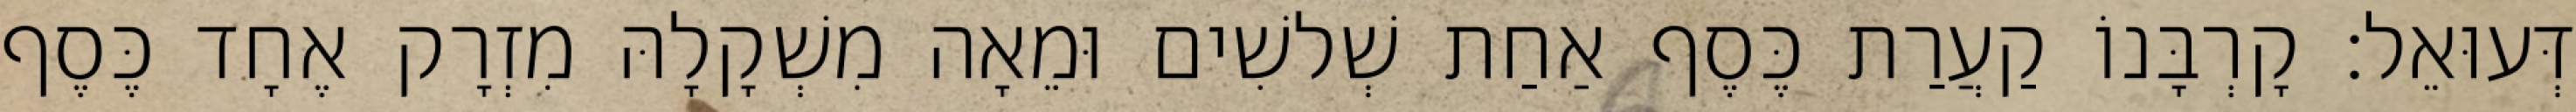
דְּעוּאֵל׃ קָרְבָּנוֹ קַעֲרַת כֶּסֶף אַחַת שְׁלשִׁים וּמֵאָה מִשְׁקָלָהּ מִזְרָק אֶחָד כֶּסֶף